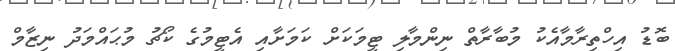
ބޮޑު އިހްތިރާމާއެކު މުބާރާތް ނިންމާލި ޓީމަކަށް ކަމަށާއި އެޓީމުގެ ކޯޗު މުޙައްމަދު ނިޒާމް